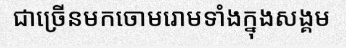
ជាច្រើនមកចោមរោមទាំងក្នុងសង្គម